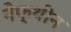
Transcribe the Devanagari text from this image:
नैफ्थीन